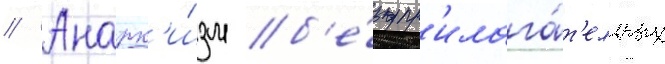
// Анарх'и́зм б'е́з пр'илага́т'ельных